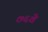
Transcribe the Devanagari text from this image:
७६वे